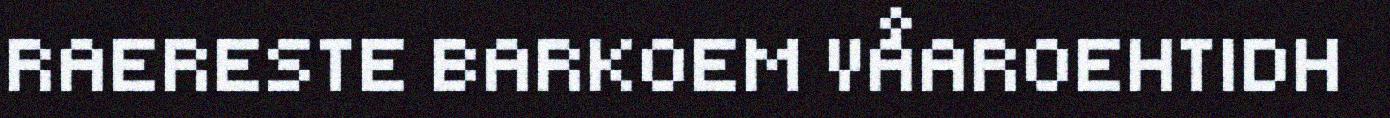
RAERESTE BARKOEM VÅAROEHTIDH